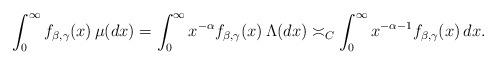
LaTeX: \begin{align*} \int_0^\infty f_{\beta,\gamma}(x)\,\mu(dx) = \int_0^\infty x^{-\alpha}f_{\beta,\gamma}(x)\,\Lambda(dx) \asymp_C \int_0^\infty x^{-\alpha-1} f_{\beta,\gamma}(x)\,dx.\end{align*}